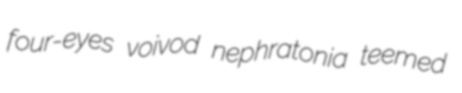
four-eyes voivod nephratonia teemed